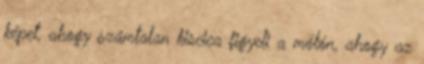
képet, ahogy számtalan kiscica figyeli a mólón, ahogy az